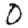
Digit: 0